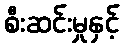
စီးဆင်းမှုနှင့်